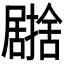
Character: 𭕹